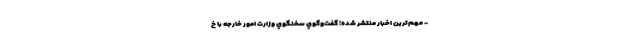
- مهم‌ترين اخبار منتشر شده؛ گفت‌وگوي سخنگوي وزارت امور خارجه با خ